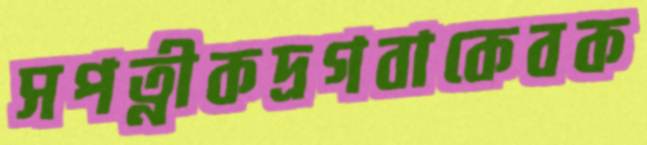
সপত্নীকদ্রগবাকেবক